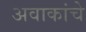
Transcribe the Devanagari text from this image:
अवाकांचे